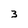
Character: 3